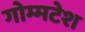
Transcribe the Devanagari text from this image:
गोम्मटेश